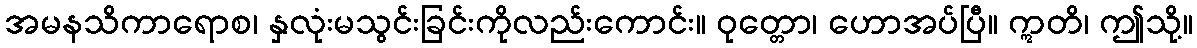
အမနသိကာရောစ၊ နှလုံးမသွင်းခြင်းကိုလည်းကောင်း။ ဝုတ္တော၊ ဟောအပ်ပြီ။ ဣတိ၊ ဤသို့။